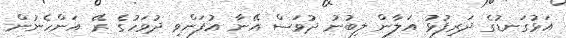
އަޅުގަނޑުގެ ދަރިފުޅު އަލާން ލިބުނު ދުވަސް އޭނާ އުފަންވި ދުވަހުގެ ރޭ އަންހެނުން